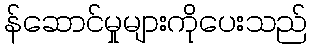
န်ဆောင်မှုများကိုပေးသည်